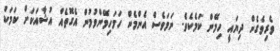
ވެރިވެގެން ދިޔައީ ހިމޭން ކަމެކެވެ. ނަމަވެސް އެންމެން ހަމަހިމޭންވުމުން އެގޮތެއް އުޝާއަކަށް ކަމަކު